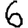
Digit: 6